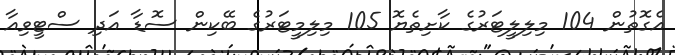
އެގޮތުން 104 މިލިލީޓަރުގެ ކާށިތެޔޮ 105 މިލިމީޓަރުގެ ބޭކިން ސޮޑާ އަދި ސްޓީވިއާ